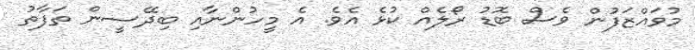
މުވައްޒަފުން ވެސް ބޮޑު ރޯލެއް ކުޅެ އެވެ. އެ މީހުންނާއި ބިދޭސީން ތަފާތު